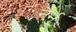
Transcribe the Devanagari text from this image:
नैर्न